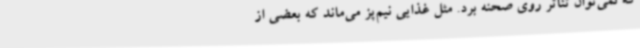
که نمی‌توان تئاتر روی صحنه برد. مثل غذایی نیم‌پز می‌ماند که بعضی از